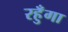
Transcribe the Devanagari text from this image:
रहुँगा